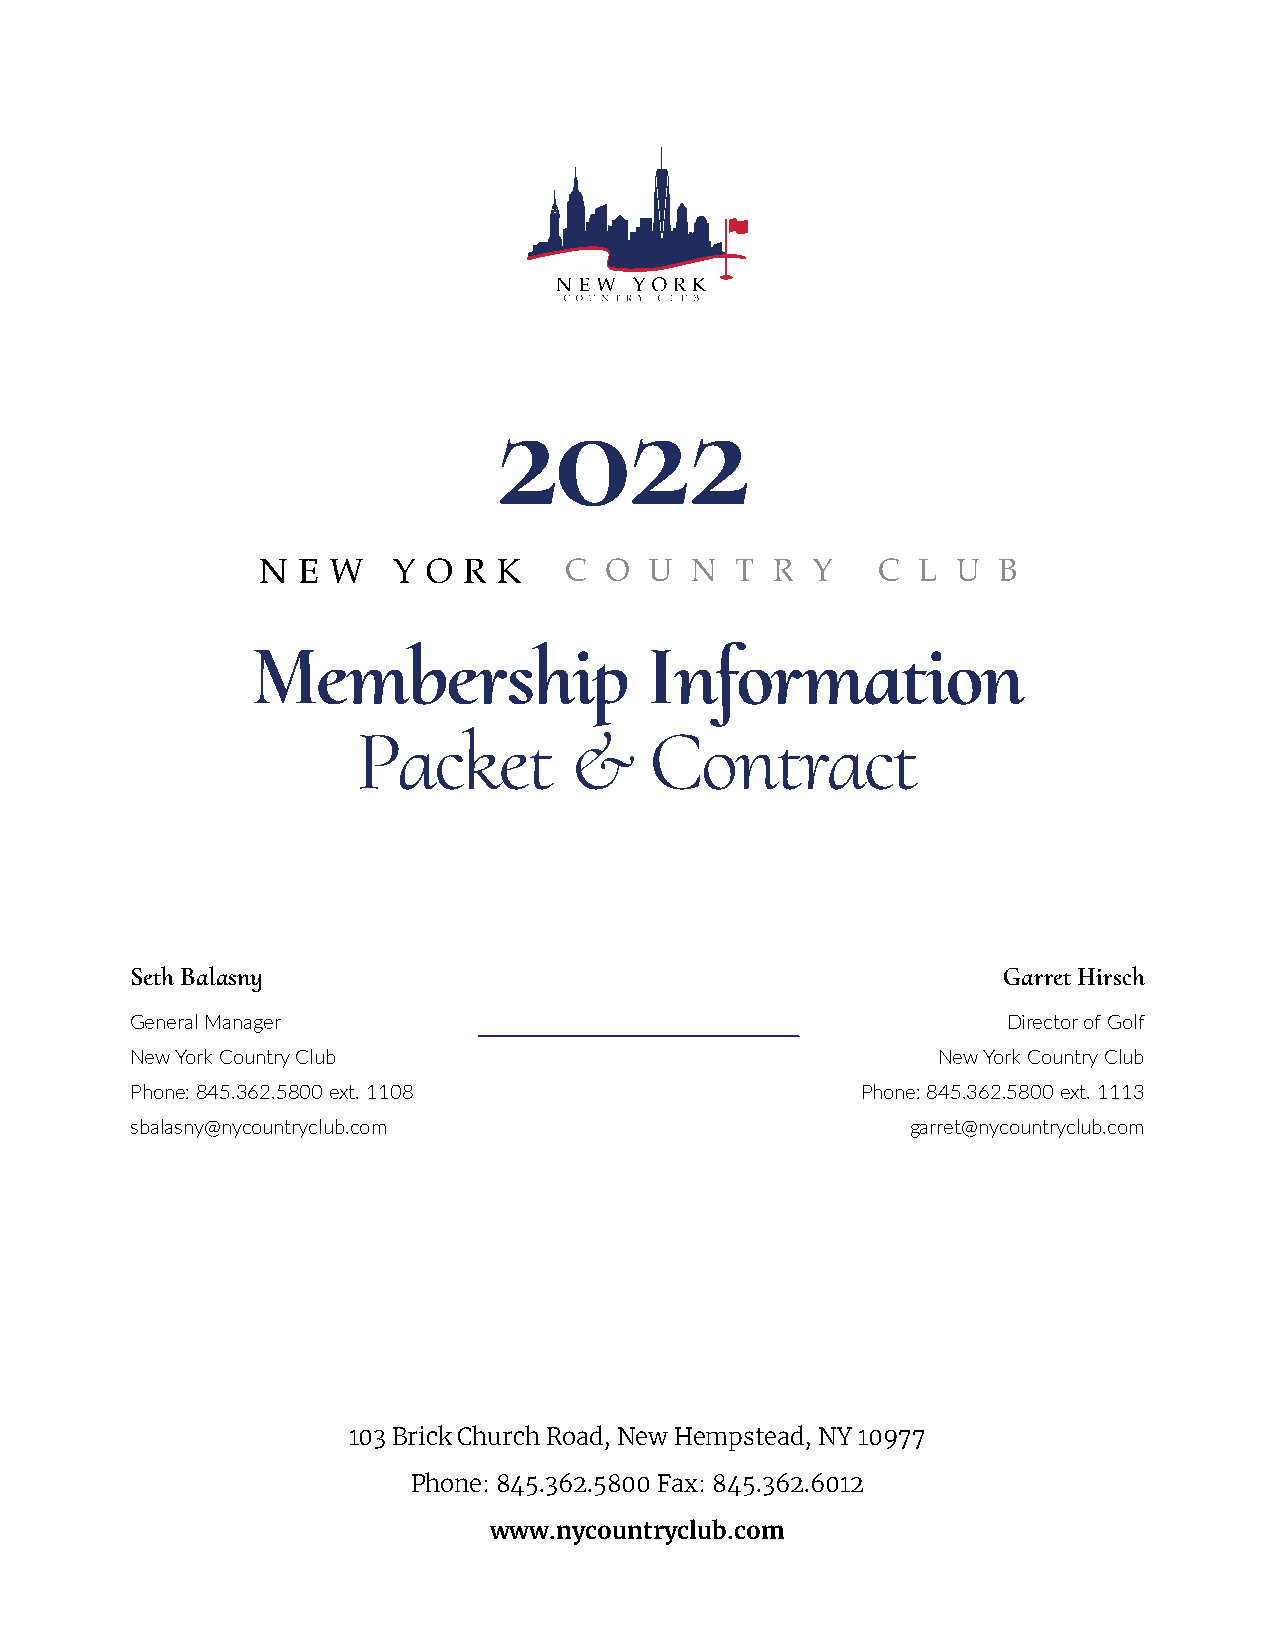
2022
 Membership                Information
 Packet        &    Contract
 Seth Balasny                                             Garret Hirsch
 General Manager                                           Director of Golf
 New York Country Club                                New York Country Club
 Phone: 845.362.5800 ext. 1108                   Phone: 845.362.5800 ext. 1113
 sbalasny@nycountryclub.com                         garret@nycountryclub.com
 103 Brick Church Road, New Hempstead, NY 10977
 Phone: 845.362.5800 Fax: 845.362.6012
 www.nycountryclub.com